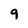
Character: 9